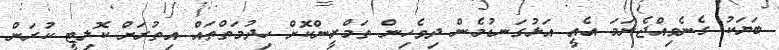
ބަޔަކު ގެނެވިއްޖެނަމަ އެއީ އަޅުގަނޑުމެން ދިވެހިން ތަމްރީންކޮށް ހިދުމަތްތައް އިތުރަށް ކޮލިޓީ ކުރަން